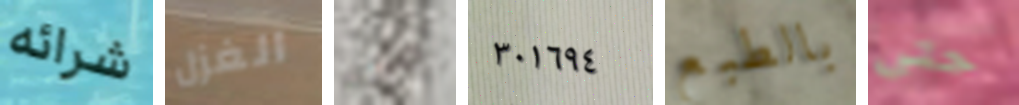
شرائه الغزل من ٣٠١٦٩٤ بالطبع حتى